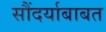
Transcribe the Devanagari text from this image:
सौंदर्याबाबत